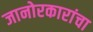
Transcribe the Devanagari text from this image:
जानोरकारांचा